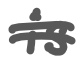
Text: is
Cross-out: double-line
Writing tool: digital_gray